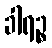
ခါရဉ္စ